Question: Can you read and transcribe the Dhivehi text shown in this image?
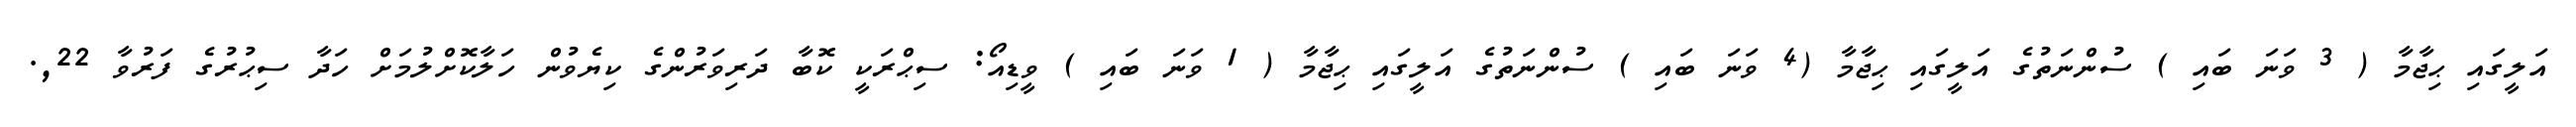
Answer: އަލީގައި ޙިޖާމާ ( 3 ވަނަ ބައި ) ސުންނަތުގެ އަލީގައި ޙިޖާމާ (4 ވަނަ ބައި ) ސުންނަތުގެ އަލީގައި ޙިޖާމާ ( 1 ވަނަ ބައި ) ވީޑިއޯ: ސިޙްރަކީ ކޮބާ ދަރިވަރުންގެ ކިޔެވުން ހަލާކޮށްލުމަށް ހަދާ ސިޙުރުގެ ފަރުވާ 22,.